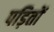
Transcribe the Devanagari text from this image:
पड़ितों